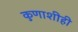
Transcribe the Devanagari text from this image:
कुणाशीही